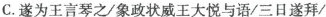
C.遂为王言琴之/象政状威王大悦与语/三日遂拜/